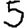
Digit: 5